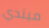
ميندي